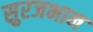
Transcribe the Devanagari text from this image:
सुरजभान